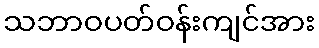
သဘာဝပတ်ဝန်းကျင်အား